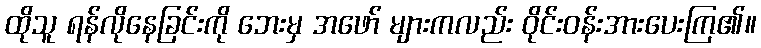
ထိုသူ ရန်လိုနေခြင်းကို ဘေးမှ အဖော် များကလည်း ဝိုင်းဝန်းအားပေးကြ၏။